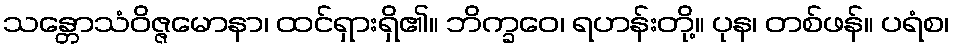
သန္တောသံဝိဇ္ဇမောနာ၊ ထင်ရှားရှိ၏။ ဘိက္ခဝေ၊ ရဟန်းတို့။ ပုန၊ တစ်ဖန်။ ပရံစ၊